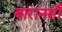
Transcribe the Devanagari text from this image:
बारानसी